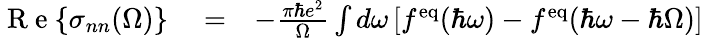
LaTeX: \begin{array}{rlr}{\mathrm{~R~e~}{\left\{ \sigma_{nn}(\Omega)\right\} }}&{{}=}&{-\frac{\pi\hbar e^{2}}{\Omega}\int d\omega\left[f^{\mathrm{eq}}(\hbar\omega)-f^{\mathrm{eq}}(\hbar\omega-\hbar\Omega)\right]}\end{array}